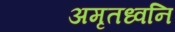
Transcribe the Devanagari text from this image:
अमृतध्वनि